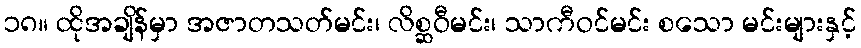
၁၈။ ထိုအချိန်မှာ အဇာတသတ်မင်း၊ လိစ္ဆဝီမင်း၊ သာကီဝင်မင်း စသော မင်းများနှင့်